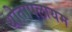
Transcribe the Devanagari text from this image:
थोतापलायम